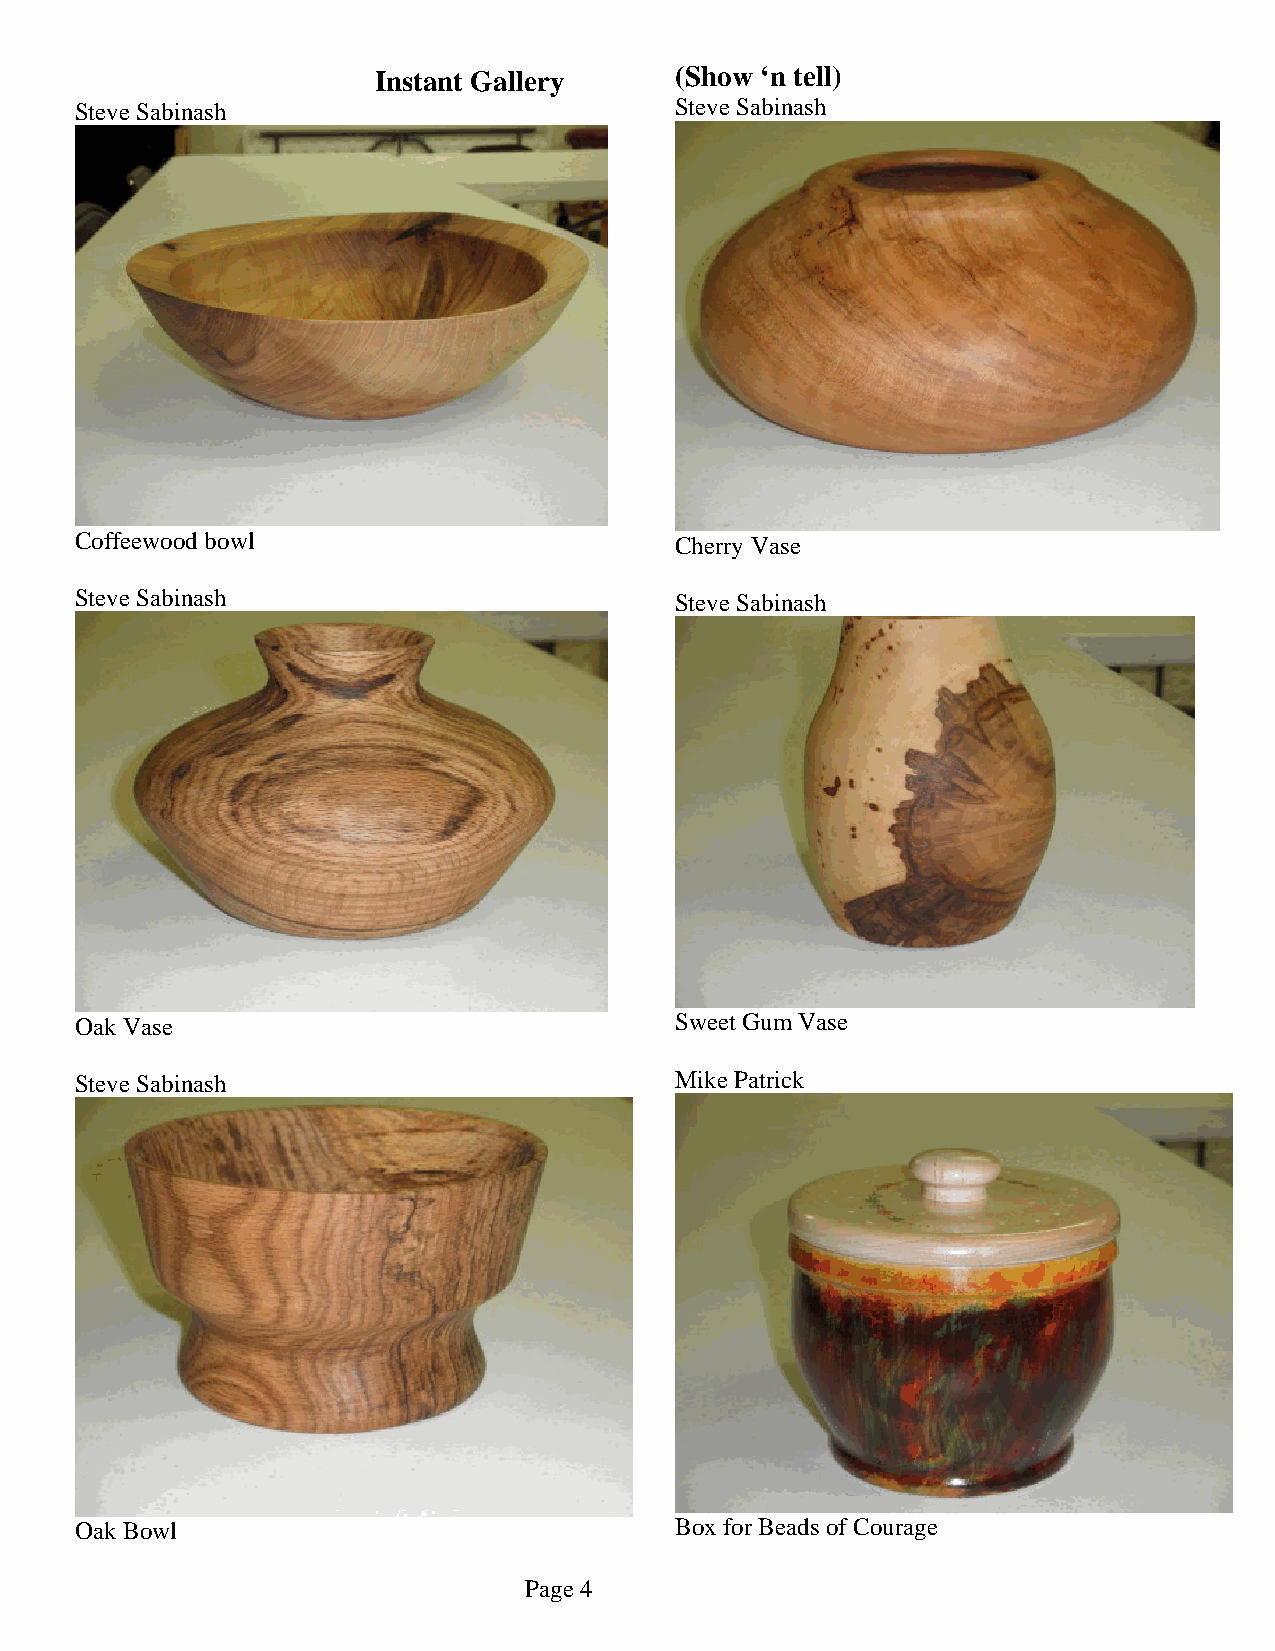
Instant Gallery     (Show ‘n tell)
 Steve Sabinash                          Steve Sabinash
 Coffeewood bowl                         Cherry Vase
 Steve Sabinash                          Steve Sabinash
 Oak Vase                                Sweet Gum Vase
 Steve Sabinash                          Mike Patrick
 Oak Bowl                                Box for Beads of Courage
 Page 4